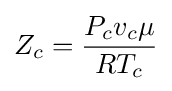
Z_{c}={\frac {P_{c}v_{c}\mu }{RT_{c}}}